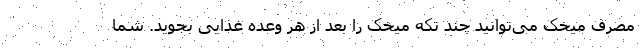
مصرف میخک می‌توانید چند تکه میخک را بعد از هر وعده غذایی بجوید. شما